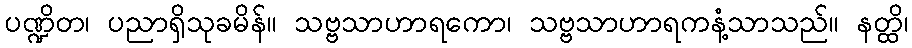
ပဏ္ဍိတ၊ ပညာရှိသုခမိန်။ သဗ္ဗသာဟာရကော၊ သဗ္ဗသာဟာရကနံ့သာသည်။ နတ္ထိ၊